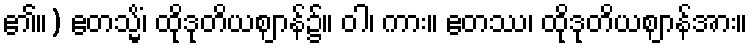
၏။) ဧတသ္မိံ၊ ထိုဒုတိယဈာန်၌။ ဝါ၊ ကား။ ဧတဿ၊ ထိုဒုတိယဈာန်အား။